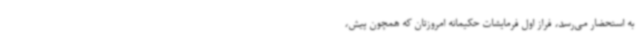
به استحضار می‌رسد، فراز اول فرمایشات حکیمانه امروزتان که همچون پیش،